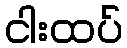
ငါးထပ်